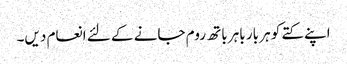
اپنے کتے کو ہر بار باہر باتھ روم جانے کے لئے انعام دیں۔